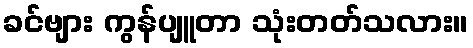
ခင်ဗျား ကွန်ပျူတာ သုံးတတ်သလား။